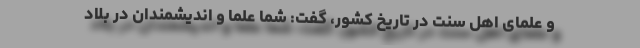
و علمای اهل سنت در تاریخ کشور، گفت: شما علما و اندیشمندان در بلاد